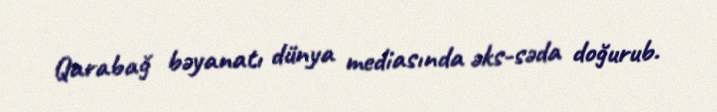
Qarabağ bəyanatı dünya mediasında əks-səda doğurub.